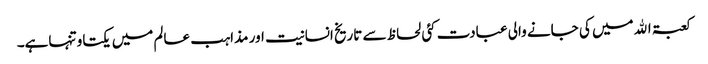
کعبۃ اﷲمیں کی جانے والی عبادت کئی لحاظ سے تاریخ انسانیت اور مذاہب عالم میں یکتاو تنہاہے۔